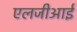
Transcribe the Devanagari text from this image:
एलजीआई